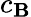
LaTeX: c_{\mathbf{B}}